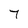
Character: 7